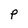
Character: p